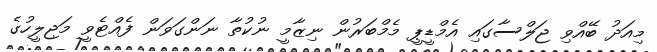
މިއަދު ބޭއްވި ޖަލްސާގައި އެމްޑީޕީ މެމްބަރުން ނިޒާމީ ނުކުތާ ނަންގަވަން ފެއްޓެވީ މަޖިލީހުގެ